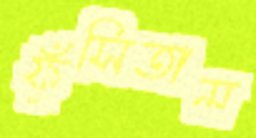
ফুঁসিতাম